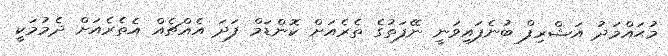
މުޙައްމަދު އަޝްރިފް ބުނެފައިވަނީ ނޭފަތުގެ ތެރެއަށް ކޮންޑަމް ފަދަ އެއްޗެއް އެތެރެއަށް ދެމުމަކީ